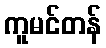
ကူမင်တန်